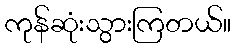
ကုန်ဆုံးသွားကြတယ်။